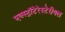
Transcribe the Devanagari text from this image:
एक्स्ट्रॉटेरेस्टेरीयल